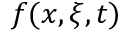
f ( x , \xi , t )